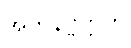
အဘိနိဗ္ဗတ္တတိ